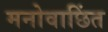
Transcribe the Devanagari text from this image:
मनोवाछिंत